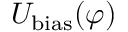
U _ { \mathrm { b i a s } } ( \varphi )